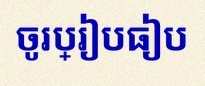
ចូរប្រៀបធៀប